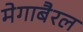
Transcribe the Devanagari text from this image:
मेगाबैरल